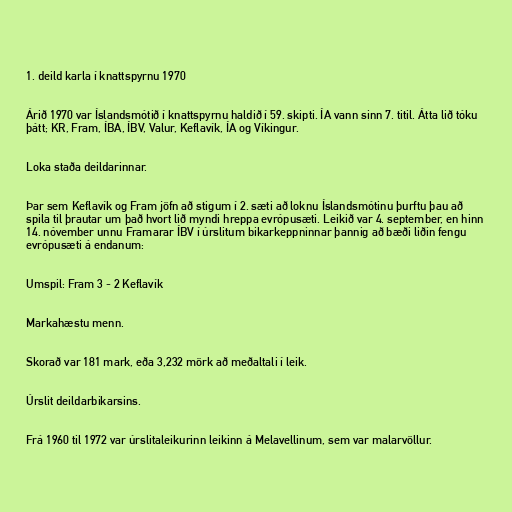
1. deild karla í knattspyrnu 1970

Árið 1970 var Íslandsmótið í knattspyrnu haldið í 59. skipti. ÍA vann sinn 7. titil. Átta lið tóku
þátt; KR, Fram, ÍBA, ÍBV, Valur, Keflavík, ÍA og Víkingur.

Loka staða deildarinnar.

Þar sem Keflavík og Fram jöfn að stigum í 2. sæti að loknu Íslandsmótinu þurftu þau að
spila til þrautar um það hvort lið myndi hreppa evrópusæti. Leikið var 4. september, en hinn
14. nóvember unnu Framarar ÍBV í úrslitum bikarkeppninnar þannig að bæði liðin fengu
evrópusæti á endanum:

Umspil: Fram 3 - 2 Keflavík

Markahæstu menn.

Skorað var 181 mark, eða 3,232 mörk að meðaltali í leik.

Úrslit deildarbikarsins.

Frá 1960 til 1972 var úrslitaleikurinn leikinn á Melavellinum, sem var malarvöllur.